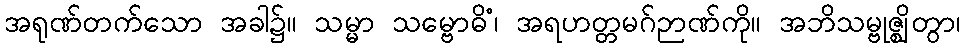
အရုဏ်တက်သော အခါ၌။ သမ္မာ သမ္ဗောဓိံ၊ အရဟတ္တမဂ်ဉာဏ်ကို။ အဘိသမ္ဗုဇ္ဈိတွာ၊